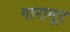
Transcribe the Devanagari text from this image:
गारामूर